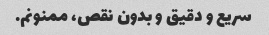
سریع و دقیق و بدون نقص، ممنونم.